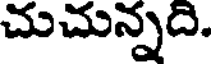
చుచున్నది.